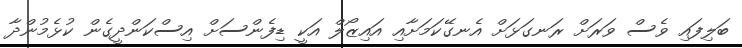
ބަލިފައި ވެސް ވަރަށް ރަނގަޅަށް އެނގޭކަމަށާއި އައިޒޯލް އަކީ ޑިފެންސަށް އިސްކަންދީގެން ކުޅެމުންދާ